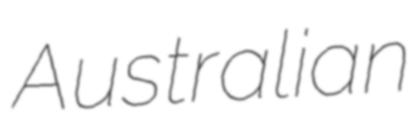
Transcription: Australian